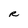
Character: R